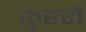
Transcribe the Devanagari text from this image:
कुंहरों